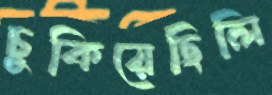
চুকিয়েছিলি